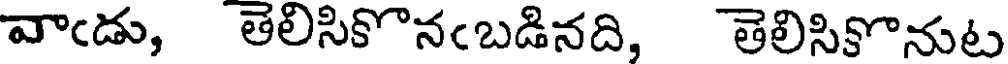
వాఁడు, తెలిసికొనఁబడినది, తెలిసికొనుట